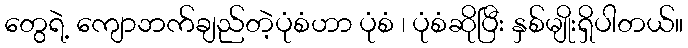
တွေရဲ့ ကျောဘက်ချည်တဲ့ပုံစံဟာ ပုံစံ ၊ ပုံစံဆိုပြီး နှစ်မျိုးရှိပါတယ်။